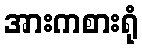
အားကစားရုံ